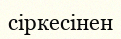
сіркесінен